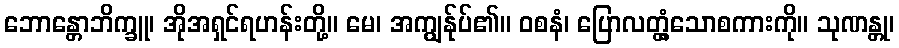
ဘောန္တောဘိက္ခူ၊ အိုအရှင်ရဟန်းတို့။ မေ၊ အကျွန်ုပ်၏။ ဝစနံ၊ ပြောလတ္တံ့သောစကားကို။ သုဏန္တု၊